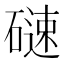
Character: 𮀼